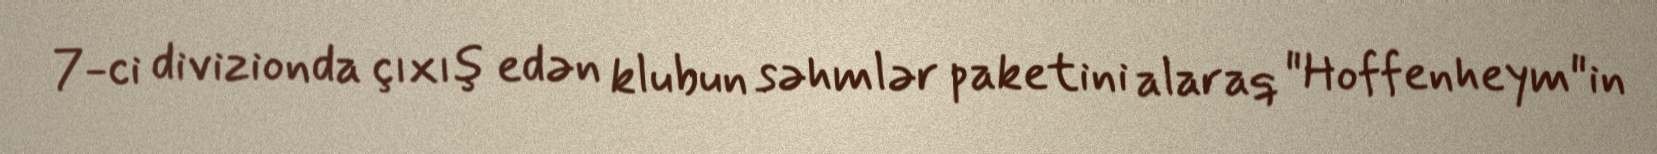
7-ci divizionda çıxış edən klubun səhmlər paketini alaraq "Hoffenheym"in